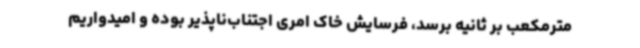
مترمکعب بر ثانیه برسد، فرسایش خاک امری اجتناب‌ناپذیر بوده و امیدواریم